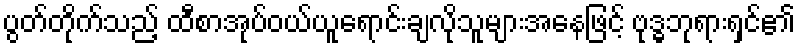
ပွတ်တိုက်သည့် ထီစာအုပ်ဝယ်ယူရောင်းချလိုသူများအနေဖြင့် ဗုဒ္ဓဘုရားရှင်၏